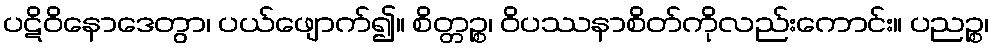
ပဋိဝိနောဒေတွာ၊ ပယ်ဖျောက်၍။ စိတ္တဉ္စ၊ ဝိပဿနာစိတ်ကိုလည်းကောင်း။ ပညဉ္စ၊